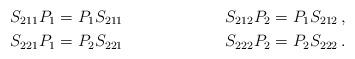
LaTeX: \begin{align*}S_{211}P_1&=P_1S_{211} & S_{212}P_2=P_1S_{212}\,, \\S_{221}P_1&=P_2S_{221} & S_{222}P_2=P_2S_{222}\,. \end{align*}